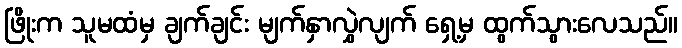
ဖြိုးက သူမထံမှ ချက်ချင်း မျက်နှာလွှဲလျက် ရှေ့မှ ထွက်သွားလေသည်။